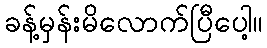
ခန့်မှန်းမိလောက်ပြီပေါ့။